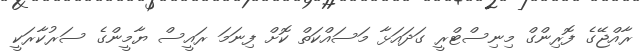
ރާއްޖޭގެ ފޮރިންގް މިނިސްޓްރީ ގަދައަޅާ މަސައްކަތް ކޮށް ފިނަމަ ރައީސް ޔާމީންގެ ސަރުކާރަކީ